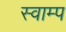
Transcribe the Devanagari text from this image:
स्वाम्प